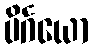
ပိင်္ဂယော